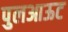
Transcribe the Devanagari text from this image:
पुलआऊट